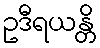
ဥဒီရယန္တိ